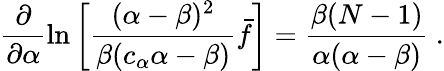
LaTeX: \frac{\partial}{\partial\alpha}\ln\left[\frac{(\alpha-\beta)^{2}}{\beta(c_{\alpha}\alpha-\beta)}\bar{f}\right]=\frac{\beta(N-1)}{\alpha(\alpha-\beta)}\ .